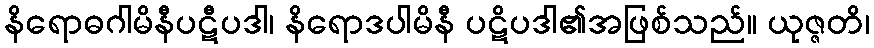
နိရောဓဂါမိနီပဋီပဒါ၊ နိရောဒပါမိနီ ပဋိပဒါ၏အဖြစ်သည်။ ယုဇ္ဇတိ၊